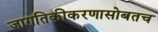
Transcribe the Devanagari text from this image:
जागतिकीकरणासोबतच